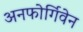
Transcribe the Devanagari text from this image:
अनफोर्गिवेन